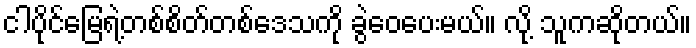
ငါပိုင်မြေရဲ့တစ်စိတ်တစ်ဒေသကို ခွဲဝေပေးမယ်။ လို့ သူကဆိုတယ်။